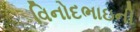
વિનોદભાઇની